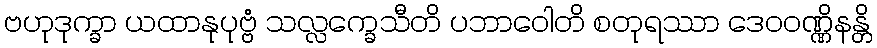
ဗဟုဒုက္ခာ ယထာနုပုဗ္ဗံ သလ္လက္ခေသီတိ ပဘာဝေါတိ စတုရဿာ ဒေဝဝဏ္ဏိနန္တိ